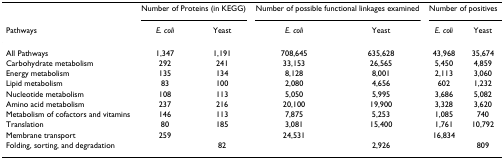
|  | <COLSPAN=2> Number of Proteins (in KEGG) | <COLSPAN=2> Number of possible functional linkages examined | <COLSPAN=2> Number of positives |
 | Pathways | E. coli | Yeast | E. coli | Yeast | E. coli | Yeast |
 | --- | --- | --- | --- | --- | --- | --- |
 | All Pathways | 1,347 | 1,191 | 708,645 | 635,628 | 43,968 | 35,674 |
 | Carbohydrate metabolism | 292 | 241 | 33,153 | 26,565 | 5,450 | 4,859 |
 | Energy metabolism | 135 | 134 | 8,128 | 8,001 | 2,113 | 3,060 |
 | Lipid metabolism | 83 | 100 | 2,080 | 4,656 | 602 | 1,232 |
 | Nucleotide metabolism | 108 | 113 | 5,050 | 5,995 | 3,686 | 5,082 |
 | Amino acid metabolism | 237 | 216 | 20,100 | 19,900 | 3,328 | 3,620 |
 | Metabolism of cofactors and vitamins | 146 | 113 | 7,875 | 5,253 | 1,085 | 740 |
 | Translation | 80 | 185 | 3,081 | 15,400 | 1,761 | 10,792 |
 | Membrane transport | 259 |  | 24,531 |  | 16,834 |  |
 | Folding, sorting, and degradation |  | 82 |  | 2,926 |  | 809 |